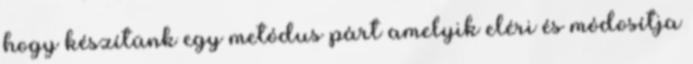
hogy készítünk egy metódus párt amelyik eléri és módosítja